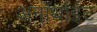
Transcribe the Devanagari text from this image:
अनॉर्थाईट